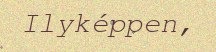
Ilyképpen,